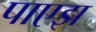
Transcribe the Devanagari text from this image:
पाएझ